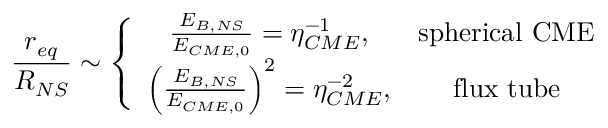
\frac { r _ { e q } } { R _ { N S } } \sim \left\{ \begin{array} { c c } { \frac { E _ { B , N S } } { E _ { C M E , 0 } } = \eta _ { C M E } ^ { - 1 } , } & { \mathrm { s p h e r i c a l ~ C M E } } \\ { \left( \frac { E _ { B , N S } } { E _ { C M E , 0 } } \right) ^ { 2 } = \eta _ { C M E } ^ { - 2 } , } & { \mathrm { f l u x ~ t u b e } } \end{array} \right.